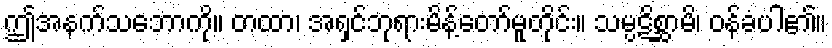
ဤအနက်သဘောကို။ တထာ၊ အရှင်ဘုရားမိန့်တော်မူတိုင်း။ သမ္ပဋိစ္ဆာမိ၊ ဝန်ခံပါ၏။